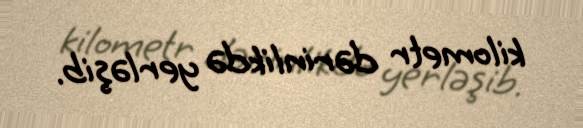
kilometr dərinlikdə yerləşib.